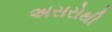
અસરોથી